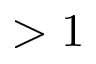
> 1